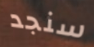
سنجد